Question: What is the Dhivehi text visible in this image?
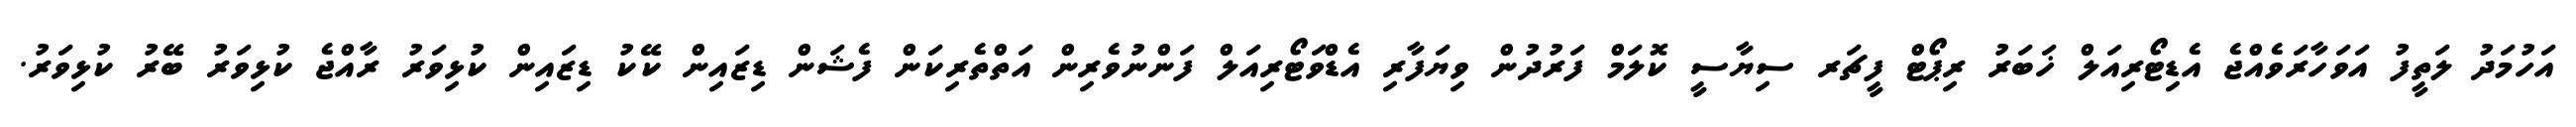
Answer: އަހުމަދު ލަތީފު އަވަހާރަވެއްޖެ އެޑިޓޯރިއަލް ޚަބަރު ރިޕޯޓް ފީޗަރ ސިޔާސީ ކޮލަމް ފަރުދުން ވިޔަފާރި އެޑްވަޓޯރިއަލް ފަންނުވެރިން އަތްތެރިކަން ފެޝަން ޑިޒައިން ކޭކު ޑިޒައިން ކުޅިވަރު ރާއްޖެ ކުޅިވަރު ބޭރު ކުޅިވަރު.